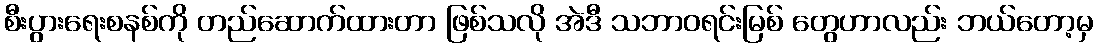
စီးပွားရေးစနစ်ကို တည်ဆောက်ထားတာ ဖြစ်သလို အဲဒီ သဘာဝရင်းမြစ် တွေဟာလည်း ဘယ်တော့မှ